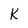
Character: K